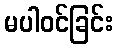
မပါဝင်ခြင်း